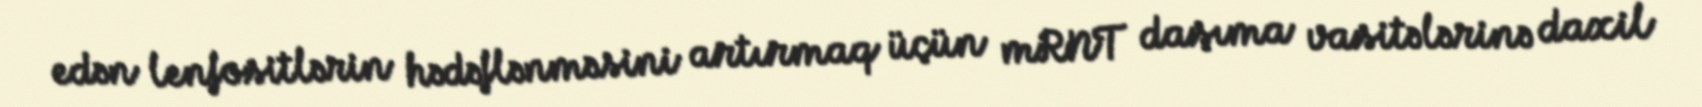
edən lenfositlərin hədəflənməsini artırmaq üçün mRNT daşıma vasitələrinə daxil